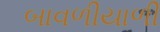
બાવળીયાળી